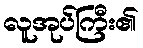
လူအုပ်ကြီး၏